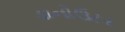
ડાનોઉટર